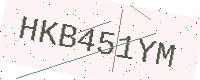
Text: HKB451YM